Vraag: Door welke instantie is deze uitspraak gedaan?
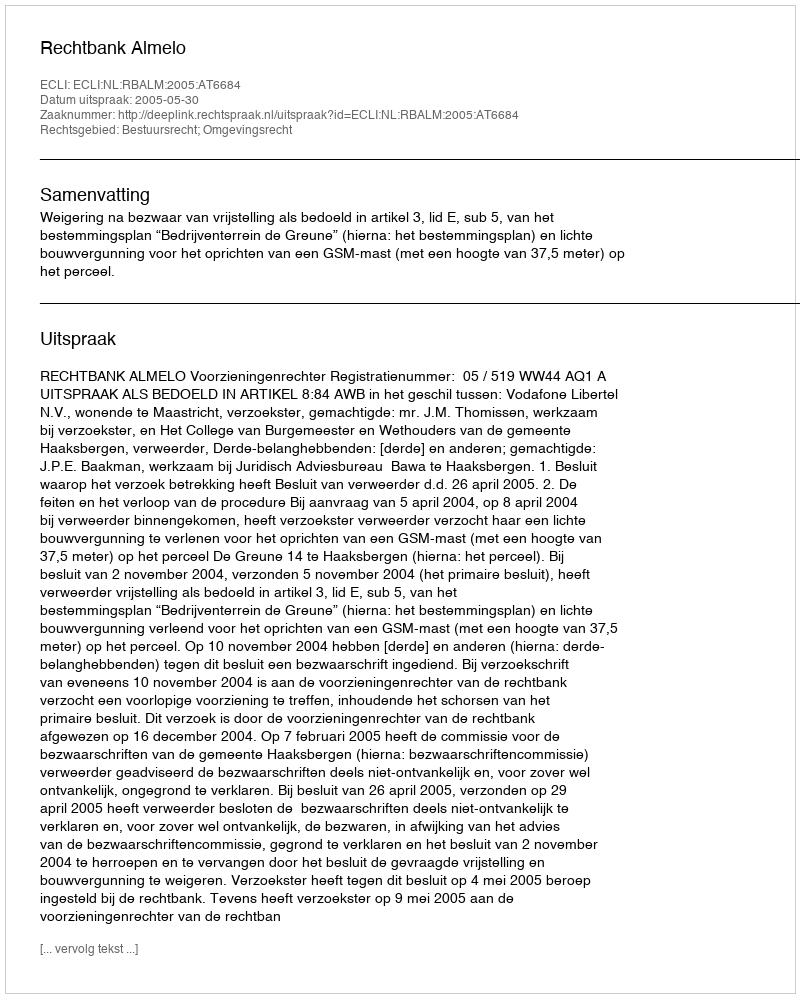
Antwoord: Rechtbank Almelo